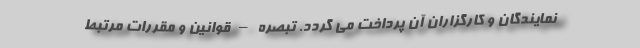
نمایندگان و کارگزاران آن پرداخت می گردد. تبصره – قوانین و مقررات مرتبط